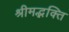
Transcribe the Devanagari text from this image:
श्रीमद्भक्ति